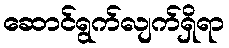
ဆောင်ရွက်လျက်ရှိရာ